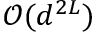
\mathcal { O } ( d ^ { 2 L } )